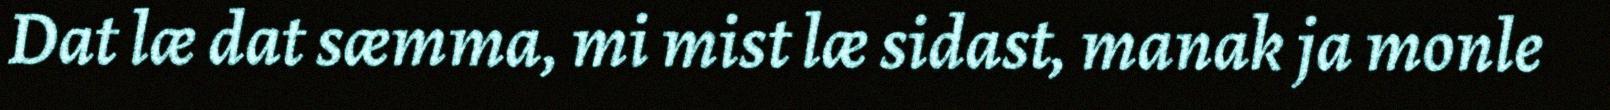
Dat læ dat sæmma, mi mist læ sidast, manak ja monle